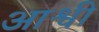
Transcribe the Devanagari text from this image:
आश्वी